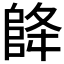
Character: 𮥃